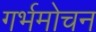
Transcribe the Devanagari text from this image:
गर्भमोचन